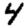
Digit: 4